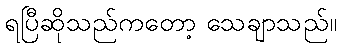
ရပြီဆိုသည်ကတော့ သေချာသည်။